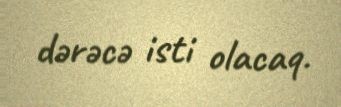
dərəcə isti olacaq.